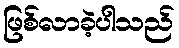
ဖြစ်လာခဲ့ပါသည်